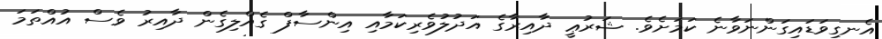
އެނގިވަޑައިގަންނަވާނެ ކަމަށެވެ. ޝަރުޢީ ދާއިރާގެ އަދުލުވެރިކަމާއި އިންސާފް ގެއްލިގެން ދާއިރު ވެސް އުއްތަމަ